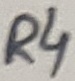
Text: R4